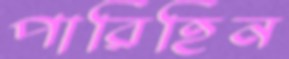
পারিহিন